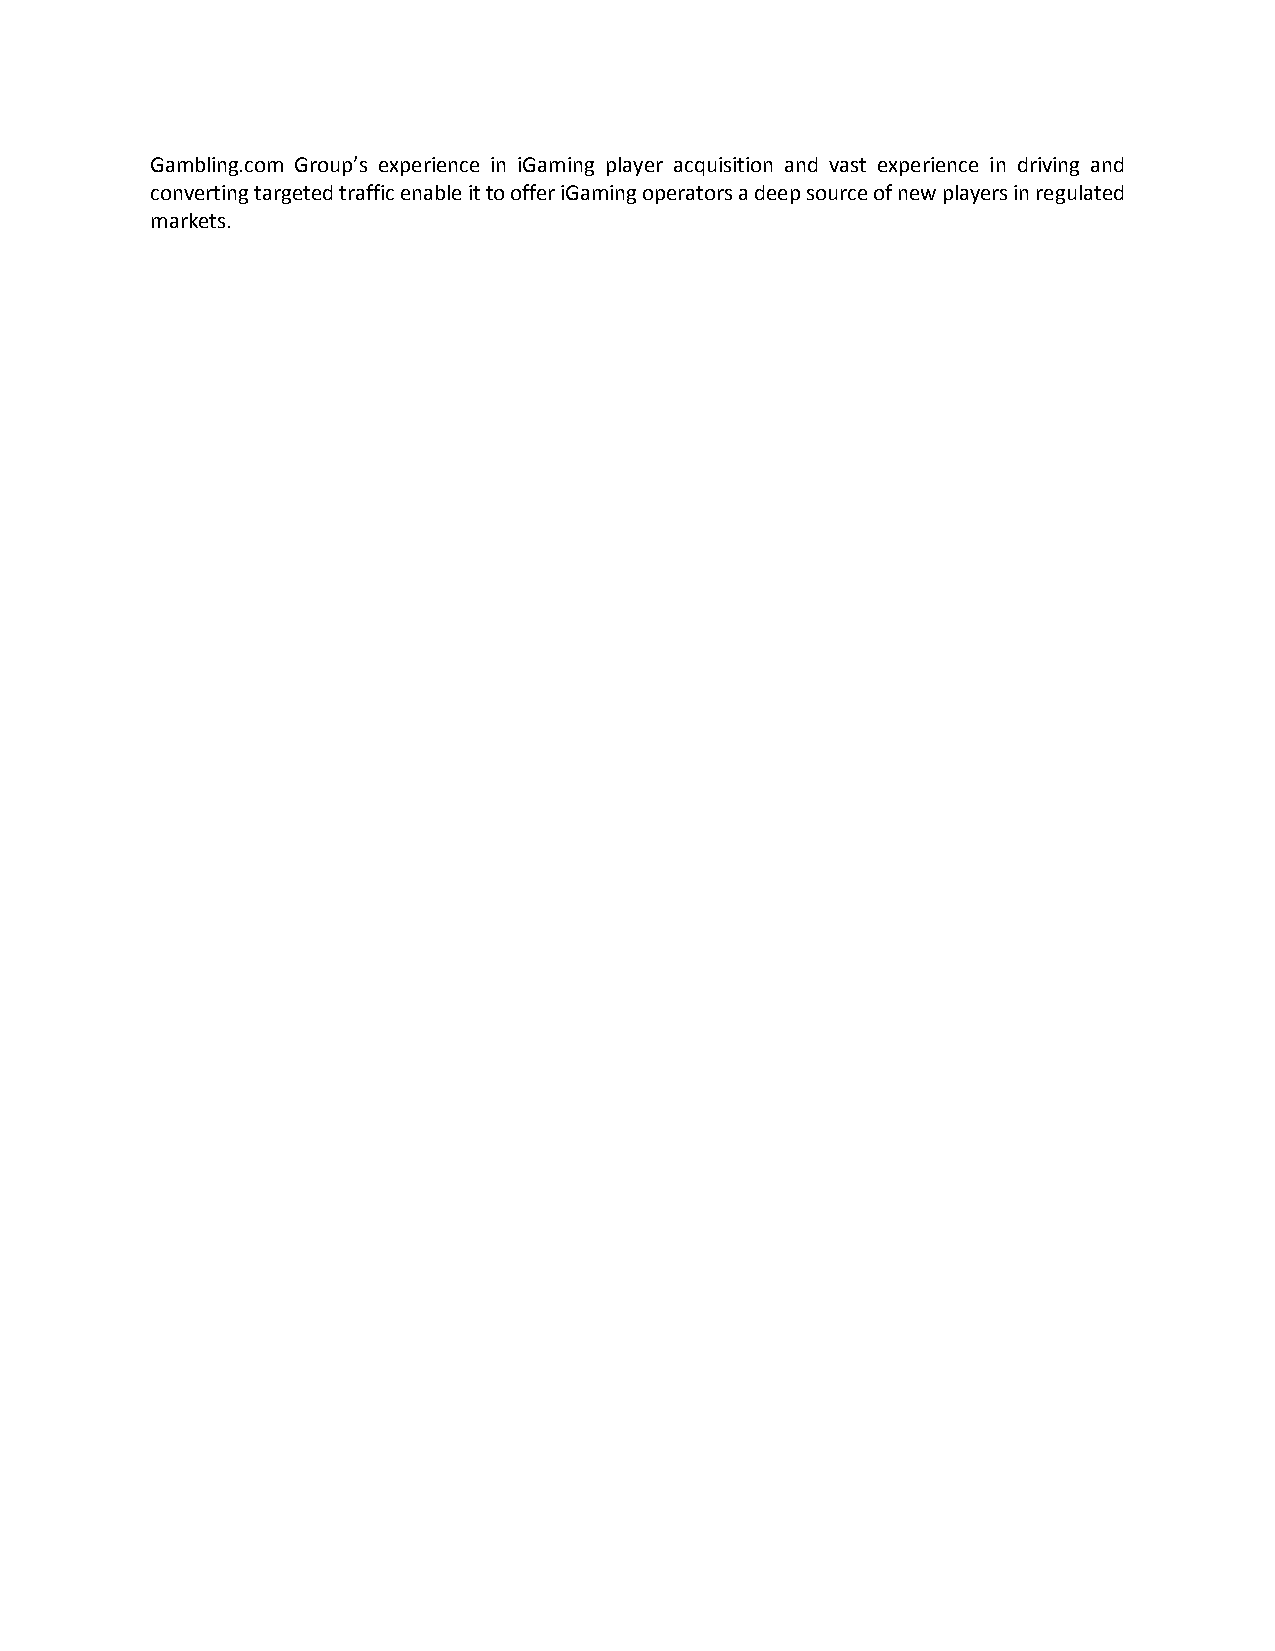
Gambling.com Group’s experience in iGaming player acquisition and vast experience in driving and
 converting targeted traffic enable it to offer iGaming operators a deep source of new players in regulated
 markets.